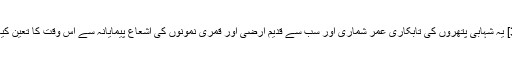
[1][2][3] یہ شہابی پتھروں کی تابکاری عمر شماری اور سب سے قدیم ارضی اور قمری نمونوں کی اشعاع پیمایانہ سے اس وقت کا تعین کیا گیا ہے۔